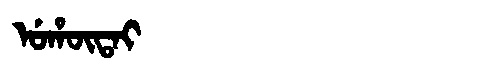
Manchu: ᡠᡥᡡᡨᠠᡳ
Romanization: UHŪTAI